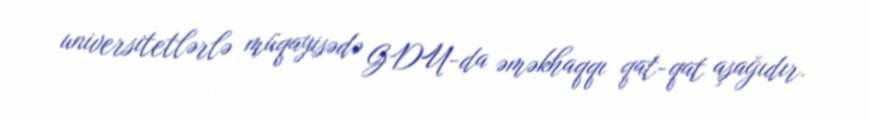
universitetlərlə müqayisədə GDU-da əməkhaqqı qat-qat aşağıdır.